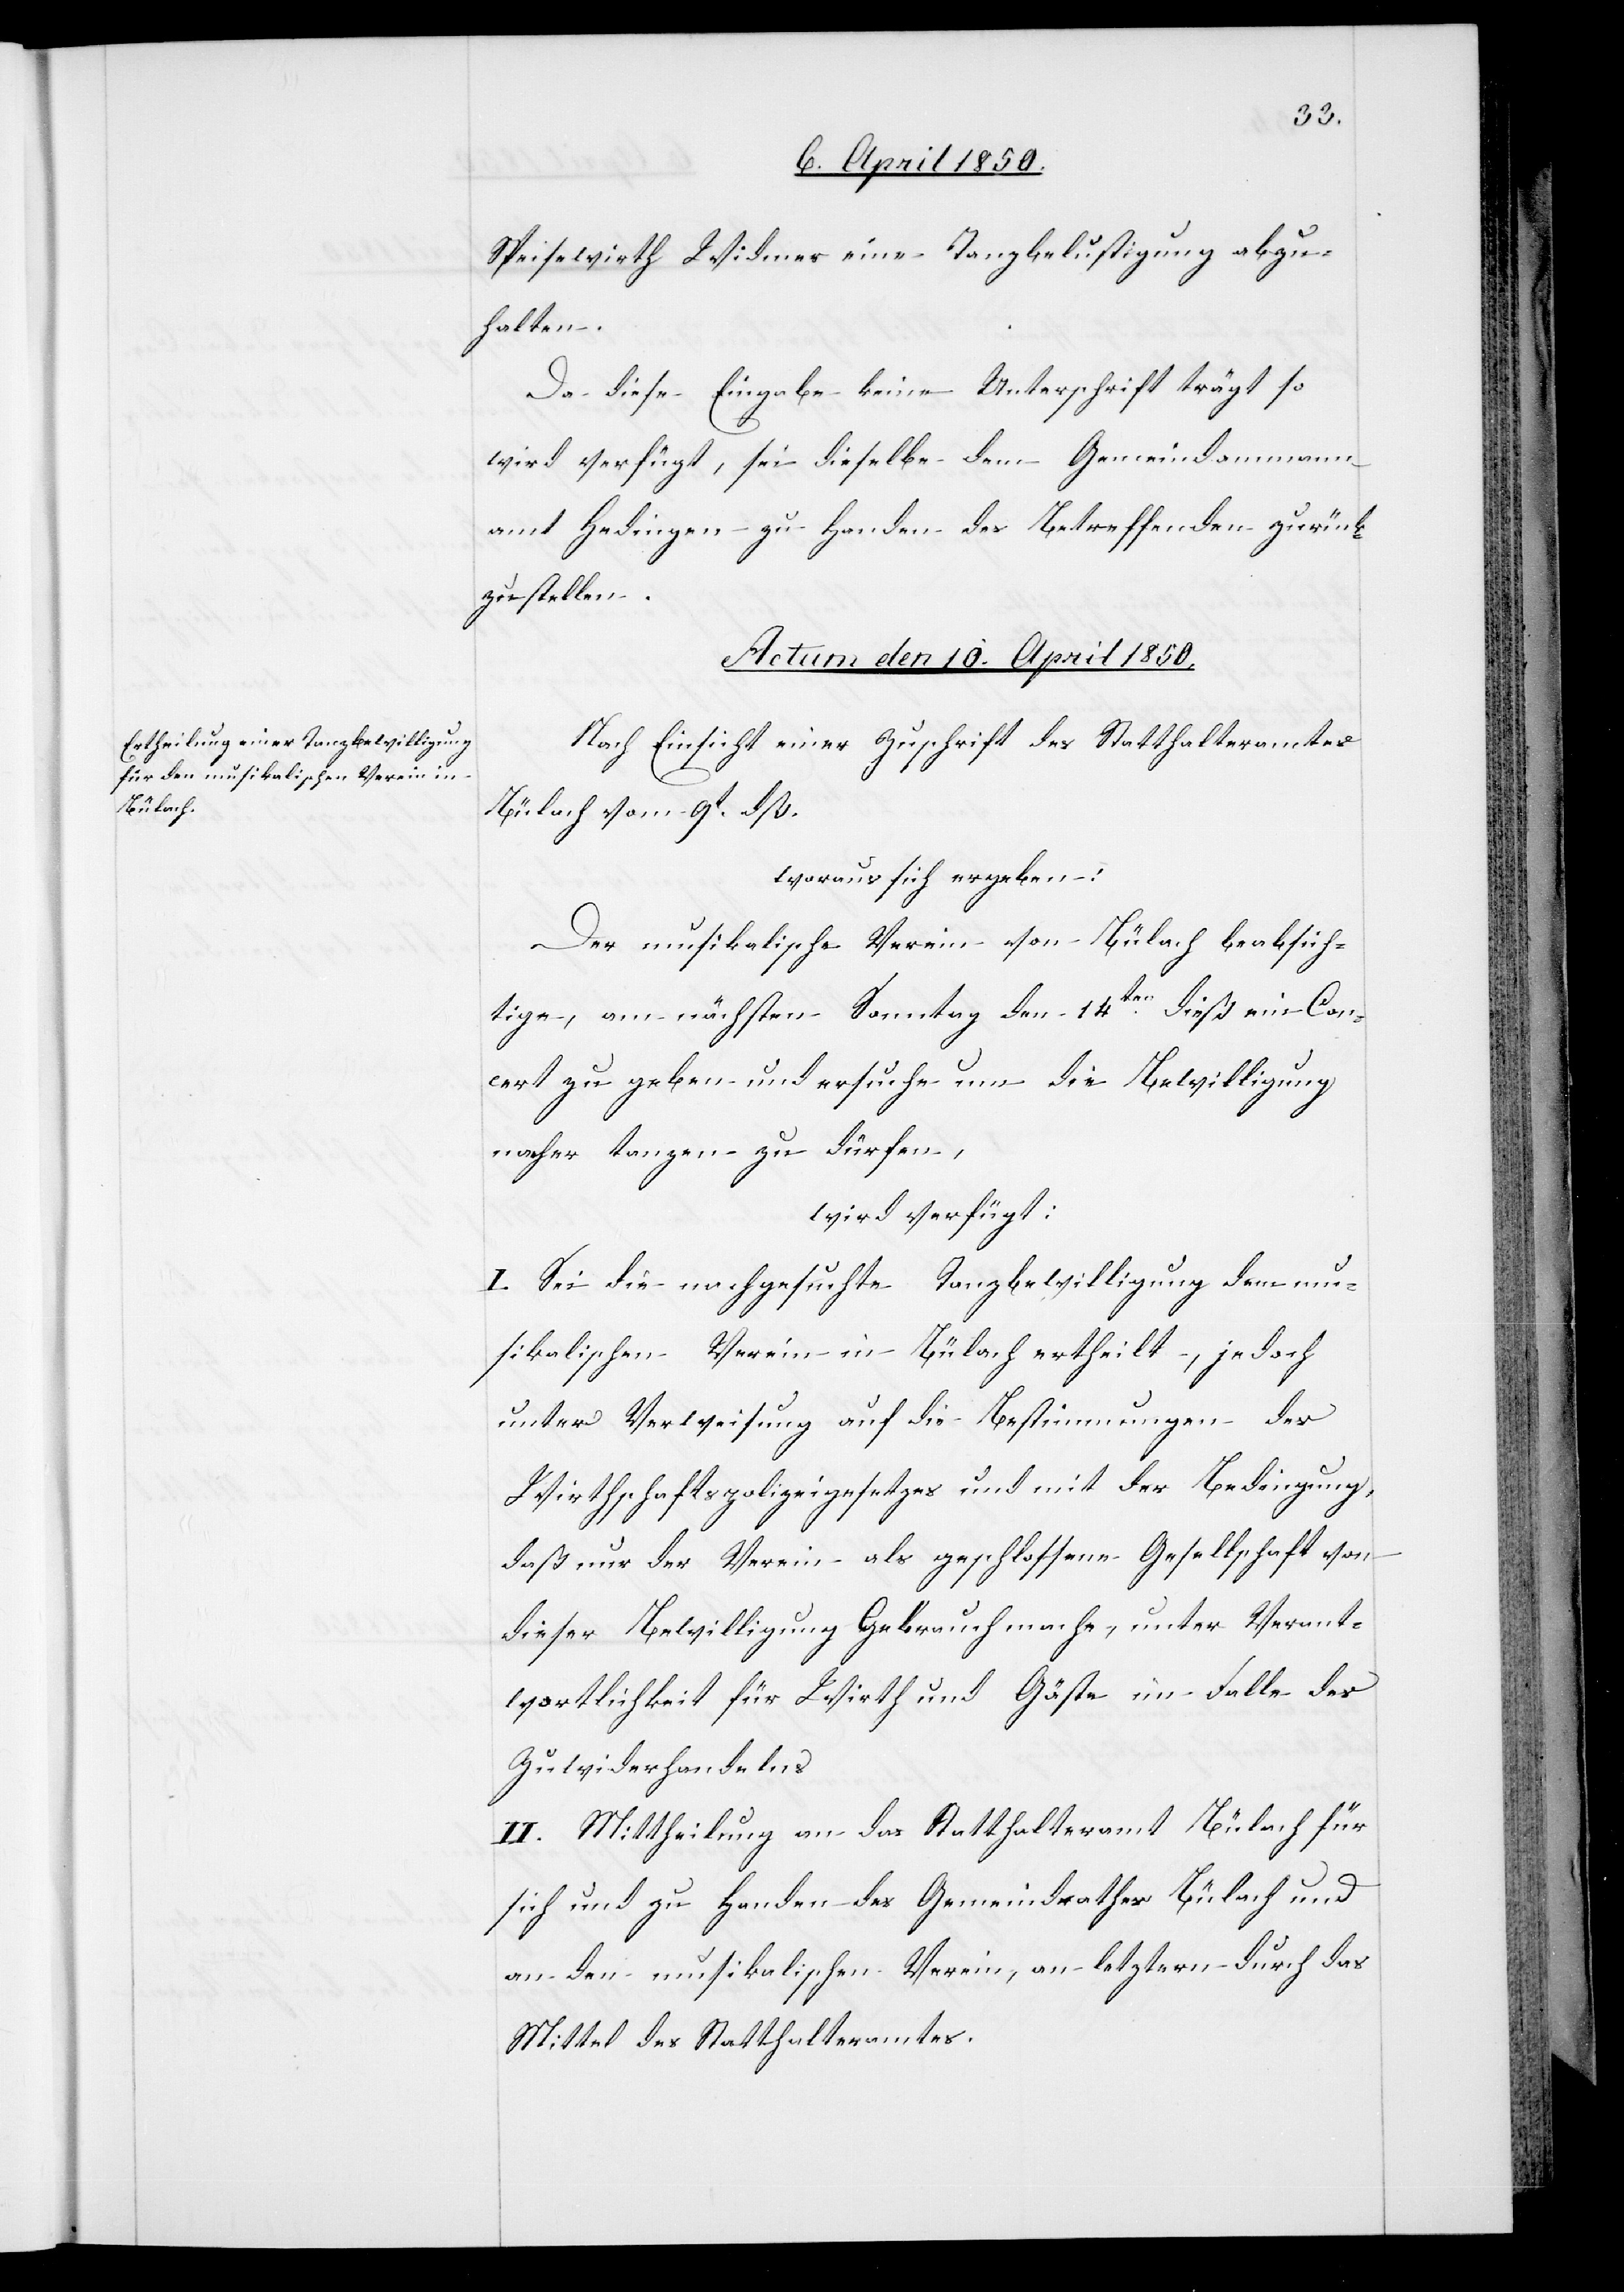
Speisewirth Widmer eine Tanzbelustigung abzu¬
halten.
Da diese Eingabe keine Unterschrift trägt so
wird verfügt, sei dieselbe dem Gemeindammann¬
amt Hedingen zu Handen des Betreffenden zurück¬
zustellen.
Actum den 10. April 1850.
Nach Einsicht einer Zuschrift des Statthalteramtes
Bülach vom 9t dß.
woraus sich ergeben:
Der musikalische Verein von Bülach beabsich¬
tige, am nächsten Sonntag den 14ten dieß ein Con¬
cert zu geben und ersuche um die Bewilligung
nacher tanzen zu dürfen,
wird verfügt:
I. Sei die nachgesuchte Tanzbewilligung dem mu¬
sikalischen Verein in Bülach ertheilt, jedoch
unter Verweisung auf die Bestimmungen des
Wirthschaftspolizeigesetzes und mit der Bedingung,
daß nur der Verein als geschlossene Gesellschaft von
dieser Bewilligung Gebrauch mache, unter Verant¬
wortlichkeit für Wirth und Gäste im Falle des
Zuwiderhandelns
II. Mittheilung an das Statthalteramt Bülach für
sich und zu Handen des Gemeindrathes Bülach und
an den musikalischen Verein, an letztern durch das
Mittel des Statthalteramtes.